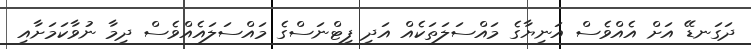
ދަގަނޑޭ އަށް އެއްވެސް އަނިޔާގެ މައްސަލަތަކެއް އަދި ފިޓްނަސްގެ މައްސަލައެއްވެސް ދިމާ ނުވާކަމަށާއި